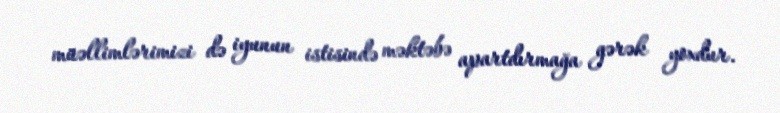
müəllimlərimizi də iyunun istisində məktəbə apartdırmağa gərək yoxdur.